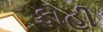
ફોહી